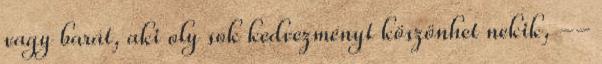
vagy barát, aki oly sok kedvezményt köszönhet nekik, --